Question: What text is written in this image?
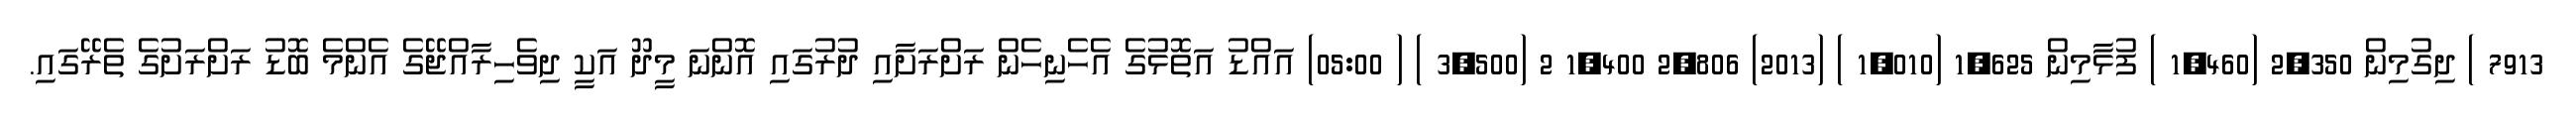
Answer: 7913 ) ދިގުމިން 2,350 (1,460 ) ފުޅާމިން 1,625 (1,010 ) (2013) 2,806 1,400 2 (3,500 ) ( 05:00) އައްޑު އަތޮޅުގެ އެހެނިހެން ރަށްރަށާއި ދުރުގައި އޮންނަ މީދޫ އަކީ ދިވެހިރާއްޖޭގެ އެންމެ ބޮޑު ރަށްރަށުގެ ތެރޭގައި.